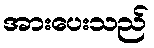
အားပေးသည်